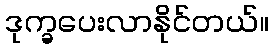
ဒုက္ခပေးလာနိုင်တယ်။